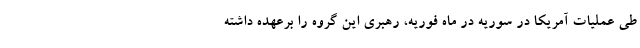
طی عملیات آمریکا در سوریه در ماه فوریه، رهبری این گروه را برعهده داشته